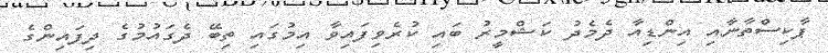
ޕާކިސްތާނާއި އިންޑިއާ ދެމެދު ކަޝްމީރު ބައި ކުރެވިފައިވާ އިމުގައި ތިބޭ ދެގައުމުގެ ދިފައިންގެ